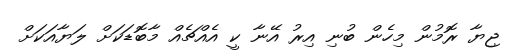
ޖިޔާ ރޮމުން މިހެން ބުނި އިރު އޭނާ ކީ އެއްޗެއް މާބޮޑަކަށް ލަޔާއަކަށް